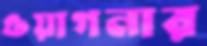
ওয়াগনার